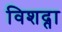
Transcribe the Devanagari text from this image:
विशद्ता